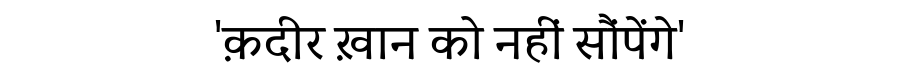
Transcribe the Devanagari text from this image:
'क़दीर ख़ान को नहीं सौंपेंगे'